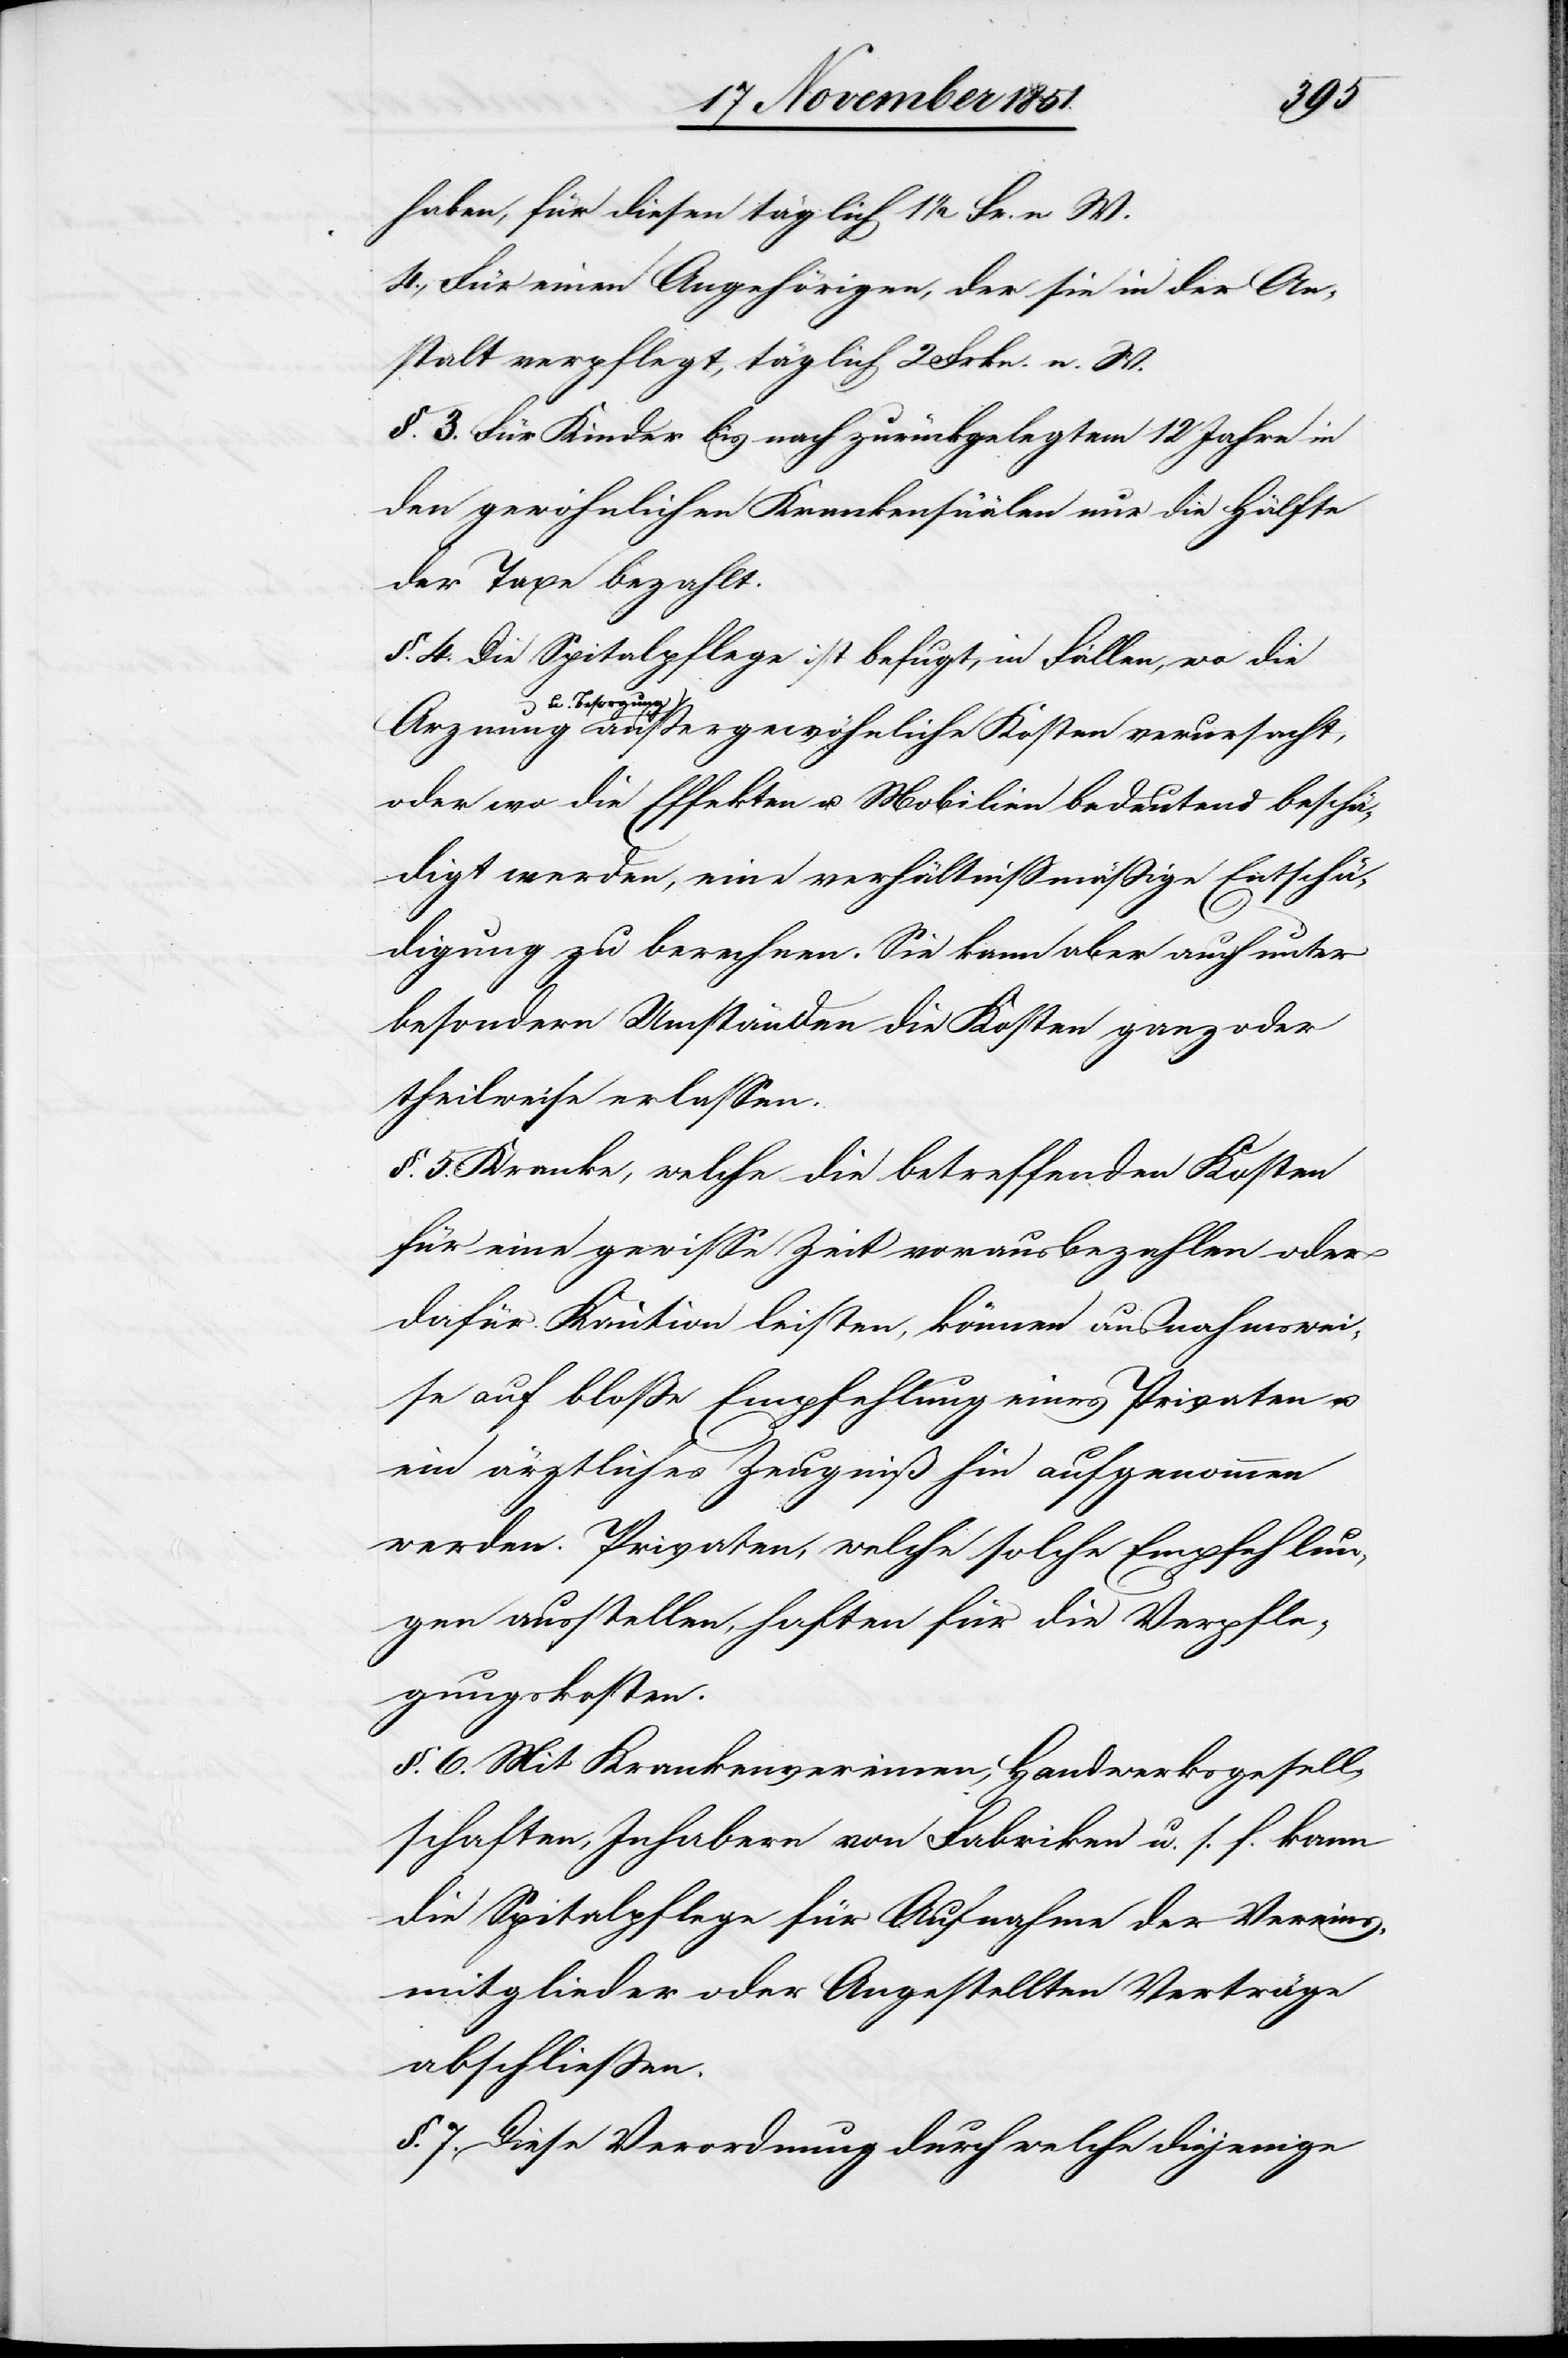
haben, für diesen täglich 1 1/2 Fr. n. W.
4., Für einen Angehörigen, der sie in der An¬
stalt verpflegt, täglich 2 Frkn. n. W.
§. 3. Für Kinder [wird] bis nach zurückgelegtem 12 Jahre in
den gewöhnlichen Krankensäälen nur die Hälfte
der Taxe bezahlt.
§. 4. Die Spitalpflege ist befugt, in Fällen, wo die
Arznung u.
Besorgung außergewöhnliche Kosten verursacht,
oder wo die Effekten u. Mobilien bedeutend beschä¬
digt werden, eine verhältnissmäßige Entschä¬
digung zu berechnen. Sie kann aber auch unter
besondern Umständen die Kosten ganz oder
theilweise erlassen.
§. 5. Kranke, welche die betreffenden Kosten
für eine gewisse Zeit vorausbezahlen oder
dafür Kaution leisten, können ausnahmswei¬
se auf bloße Empfehlung eines Privaten u.
ein ärztliches Zeugniß hin aufgenommen
werden. Privaten, welche solche Empfehlun¬
gen ausstellen, haften für die Verpfle¬
gungskosten.
§. 6. Mit Krankenvereinen, Handwerksgesell¬
schaften, Inhabern von Fabriken u. s. f. kann
die Spitalpflege für Aufnahme der Vereins¬
mitglieder oder Angestellten Verträge
abschließen.
§. 7. Diese Verordnung durch welche diejenige